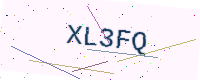
Text: XL3FQ